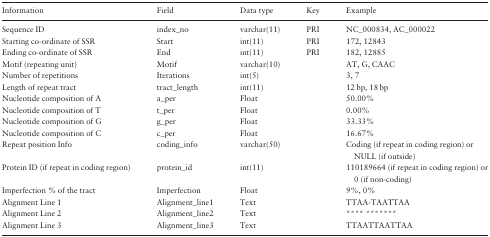
| Information | Field | Data type | Key | Example |
 | --- | --- | --- | --- | --- |
 | Sequence ID | index_no | varchar(11) | PRI | NC_000834, AC_000022 |
 | Starting co-ordinate of SSR | Start | int(11) | PRI | 172, 12843 |
 | Ending co-ordinate of SSR | End | int(11) | PRI | 182, 12885 |
 | Motif (repeating unit) | Motif | varchar(10) |  | AT, G, CAAC |
 | Number of repetitions | Iterations | int(5) |  | 3, 7 |
 | Length of repeat tract | tract_length | int(11) |  | 12 bp, 18 bp |
 | Nucleotide composition of A | a_per | Float |  | 50.00% |
 | Nucleotide composition of T | t_per | Float |  | 0.00% |
 | Nucleotide composition of G | g_per | Float |  | 33.33% |
 | Nucleotide composition of C | c_per | Float |  | 16.67% |
 | Repeat position Info | coding_info | varchar(50) |  | Coding (if repeat in coding region) or NULL (if outside) |
 | Protein ID (if repeat in coding region) | protein_id | int(11) |  | 110189664 (if repeat in coding region) or 0 (if non-coding) |
 | Imperfection % of the tract | Imperfection | Float |  | 9%, 0% |
 | Alignment Line 1 | Alignment_line1 | Text |  | TTAA-TAATTAA |
 | Alignment Line 2 | Alignment_line2 | Text |  | **** ******* |
 | Alignment Line 3 | Alignment_line3 | Text |  | TTAATTAATTAA |